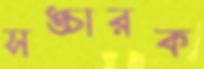
সঙ্চারক